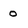
Character: o